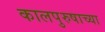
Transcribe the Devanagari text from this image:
कालपुरुषाच्या